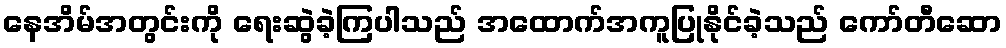
နေအိမ်အတွင်းကို ရေးဆွဲခဲ့ကြပါသည် အထောက်အကူပြုနိုင်ခဲ့သည် ကော်တီဆော